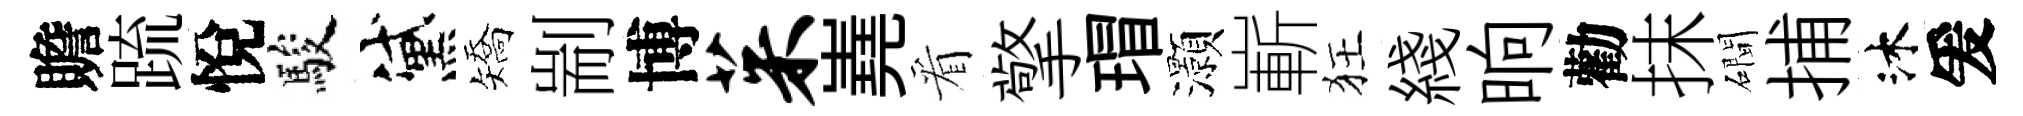
贍䟽悅駿黛矯剬博茱嶤看擎瑁灝嶄狂綫晌勸抹磵捕沐爰